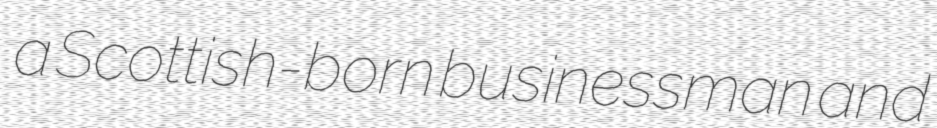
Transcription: a Scottish-born businessman and